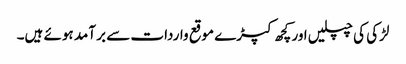
لڑکی کی چپلیں اور کچھ کپڑے موقع واردات سے بر آمد ہوئے ہیں۔